65_HS1-834228961_62-HQ-83894_Section_9
Agency: FBI
Page 66
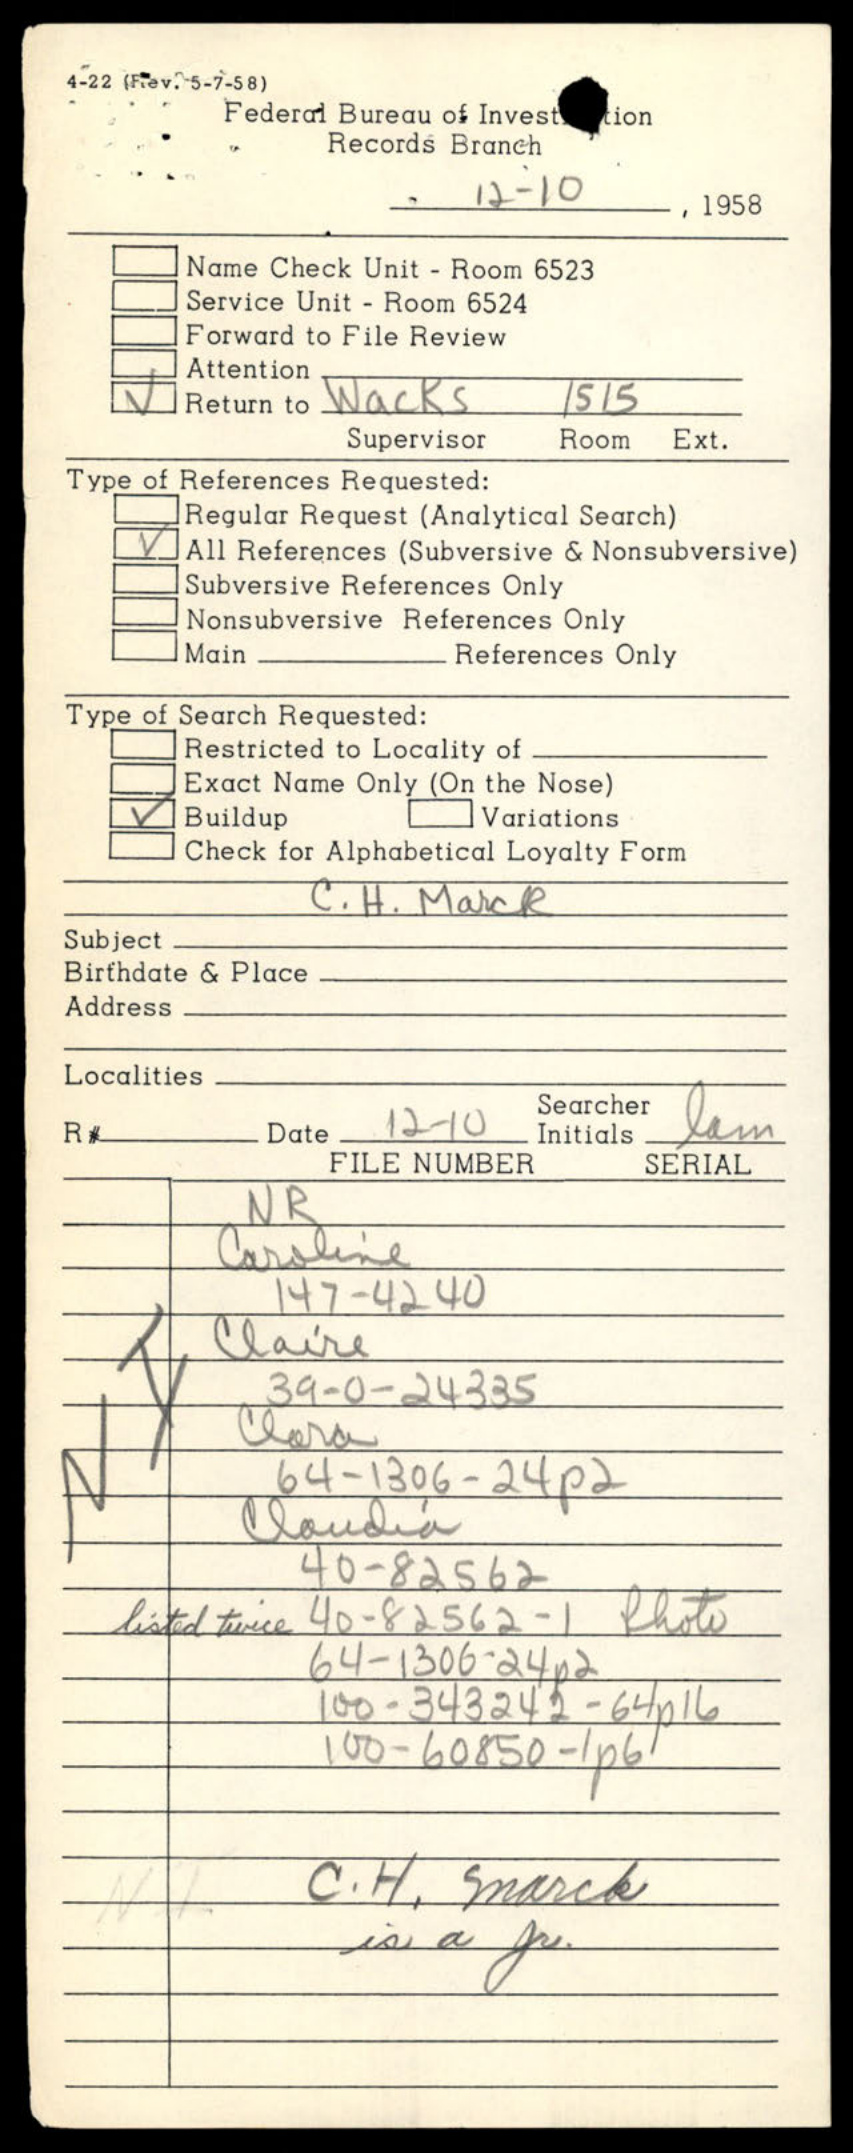